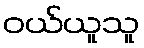
ဝယ်ယူသူ